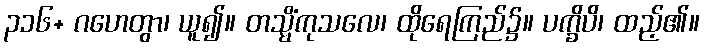
၃၁၆+ ဂဟေတွာ၊ ယူ၍။ တသ္မိံကုသလေ၊ ထိုရေကြည်၌။ ပက္ခိပိ၊ ထည့်၏။